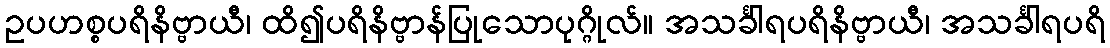
ဥပဟစ္စပရိနိဗ္ဗာယီ၊ ထိ၍ပရိနိဗ္ဗာန်ပြုသောပုဂ္ဂိုလ်။ အသင်္ခါရပရိနိဗ္ဗာယီ၊ အသင်္ခါရပရိ